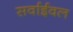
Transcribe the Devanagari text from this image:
सर्वाईवल